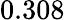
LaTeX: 0.308